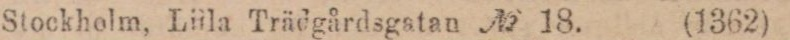
Stockholm, Lilla Trädgårdsgatan № 18. (1362)